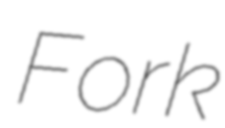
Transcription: Fork